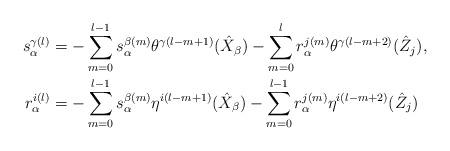
LaTeX: \begin{align*}s^{\gamma(l)}_\alpha &= -\sum_{m=0}^{l-1} s^{\beta(m)}_\alpha \theta^{\gamma(l-m+1)}(\hat{X}_\beta) - \sum_{m=0}^{l} r^{j(m)}_\alpha \theta^{\gamma(l-m+2)}(\hat{Z}_j), \\r^{i(l)}_\alpha &= -\sum_{m=0}^{l-1} s^{\beta(m)}_\alpha \eta^{i(l-m+1)} (\hat{X}_\beta) - \sum_{m=0}^{l-1} r^{j(m)}_\alpha \eta^{i(l-m+2)} (\hat{Z}_j)\end{align*}